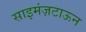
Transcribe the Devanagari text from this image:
साइमंज़टाऊन